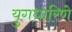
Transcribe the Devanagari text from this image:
युगधारिणे